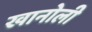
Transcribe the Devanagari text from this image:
खानोली